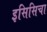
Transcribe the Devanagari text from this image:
इसिसिचा